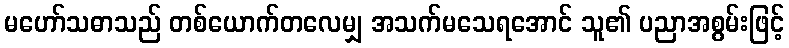
မဟော်သဓာသည် တစ်ယောက်တလေမျှ အသက်မသေရအောင် သူ၏ ပညာအစွမ်းဖြင့်